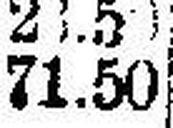
71.50